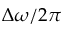
\Delta \omega / 2 \pi